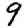
Digit: 9